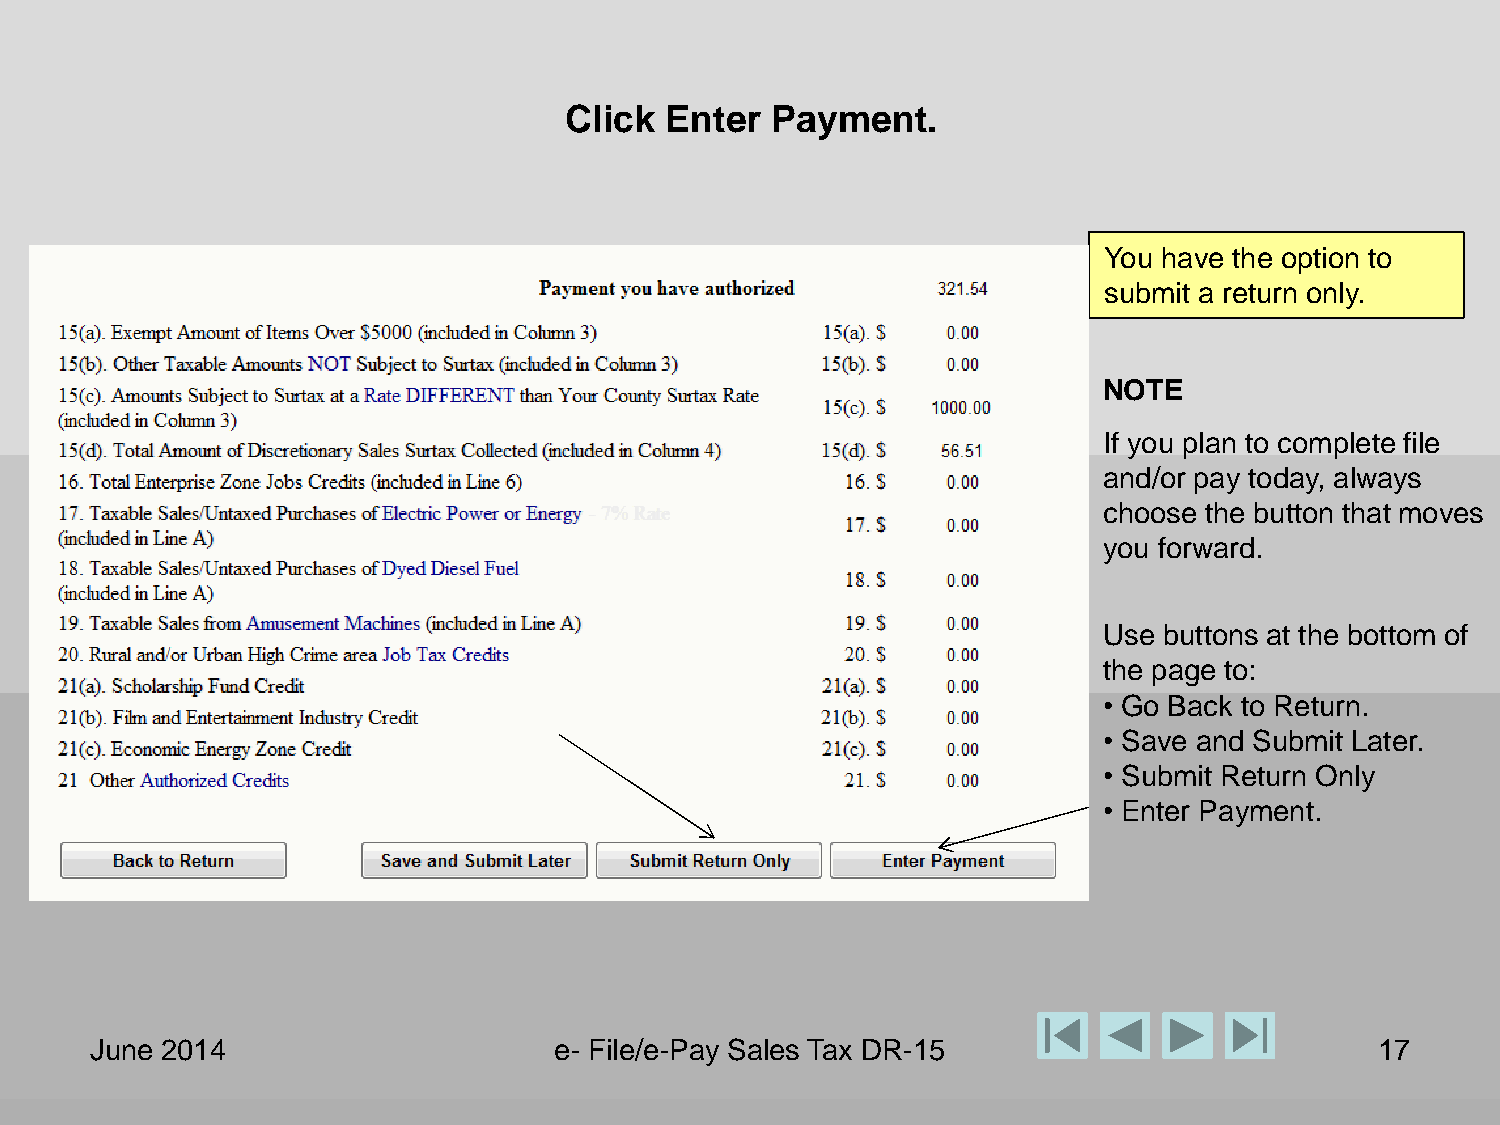
Click  Enter  Payment.
 You have the option to
 submit a return only.
 NOTE
 If you plan to complete file
 and/or pay today, always
 choose the button that moves
 you forward.
 Use buttons at the bottom of
 the page to:
 • Go Back to Return.
 • Save and Submit Later.
 • Submit Return Only
 • Enter Payment.
 June 2014                      e- File/e-Pay Sales Tax DR-15                         17